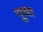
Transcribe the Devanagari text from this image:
पूगा